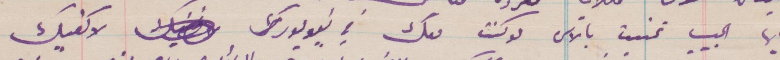
أيها الحبيب تمنيت بالأمس لو كنت معك في نيويورك. لاكفيك